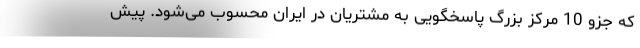
که جزو 10 مرکز بزرگ پاسخگویی به مشتریان در ایران محسوب می‌شود. پیش